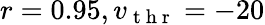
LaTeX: r=0.95,v_{\mathrm{~t~h~r~}}=-20